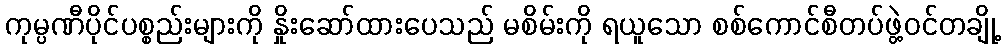
ကုမ္ပဏီပိုင်ပစ္စည်းများကို နှိုးဆော်ထားပေသည် မစိမ်းကို ရယူသော စစ်ကောင်စီတပ်ဖွဲ့ဝင်တချို့